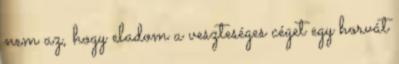
nem az, hogy eladom a veszteséges céget egy horvát